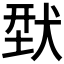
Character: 𬌳